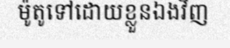
ម៉ូតូទៅដោយខ្លួនឯងវិញ